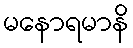
မနောရမာနိ